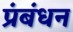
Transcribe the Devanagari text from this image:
प्रंबंधन